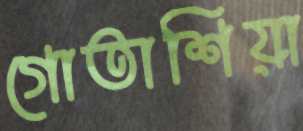
গোতাশিয়া